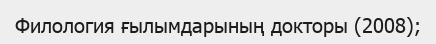
Филология ғылымдарының докторы (2008);